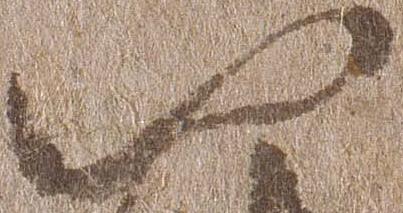
以